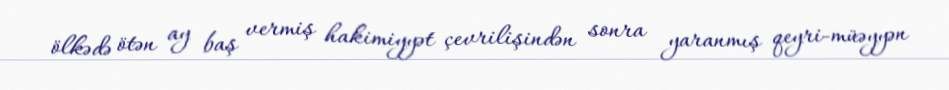
ölkədə ötən ay baş vermiş hakimiyyət çevrilişindən sonra yaranmış qeyri-müəyyən